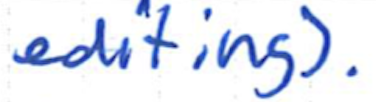
Text: editing).
Cross-out: clean
Writing tool: ballpoint